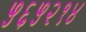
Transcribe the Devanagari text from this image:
५६५२१४